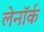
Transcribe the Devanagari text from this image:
लेनॉर्क